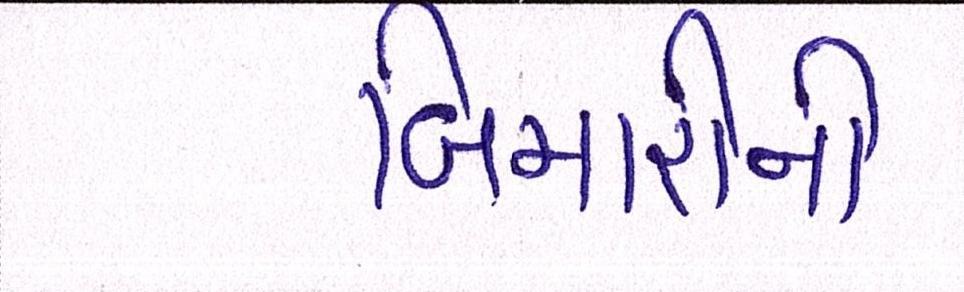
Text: બિમારીની